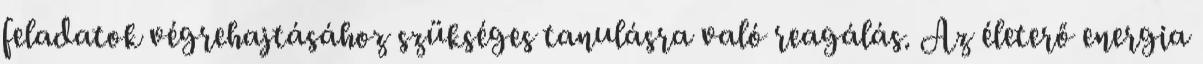
feladatok végrehajtásához szükséges tanulásra való reagálás. Az életerő energia